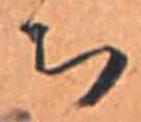
ち